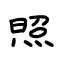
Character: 照